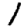
Digit: 1